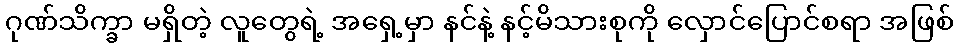
ဂုဏ်သိက္ခာ မရှိတဲ့ လူတွေရဲ့ အရှေ့မှာ နင်နဲ့ နင့်မိသားစုကို လှောင်ပြောင်စရာ အဖြစ်